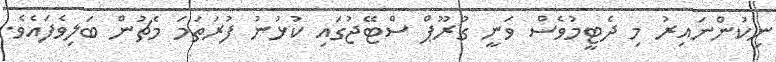
ނިކުންނައިރު މި ދެޓީމުވެސް ވަނީ ގުރޫޕް ސްޓޭޖުގައި ކުޅުނު ފުރަތަމަ މެޗުން ބަލިވެފައެވެ.